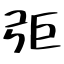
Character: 弡